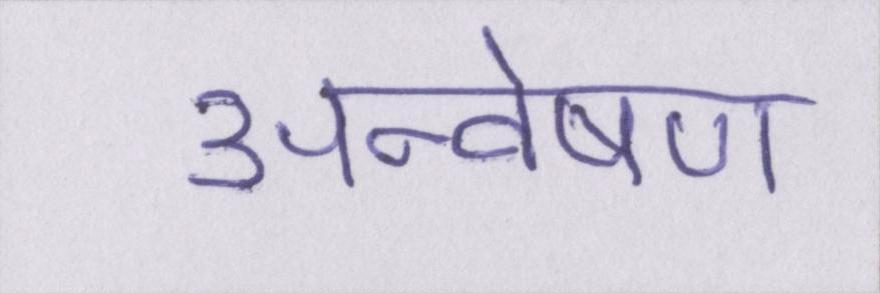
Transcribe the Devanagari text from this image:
अन्वेषण